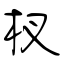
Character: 杈